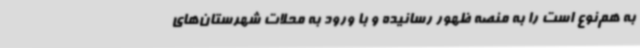
به هم‌نوع است را به منصه ظهور رسانیده و با ورود به محلات شهرستان‌های